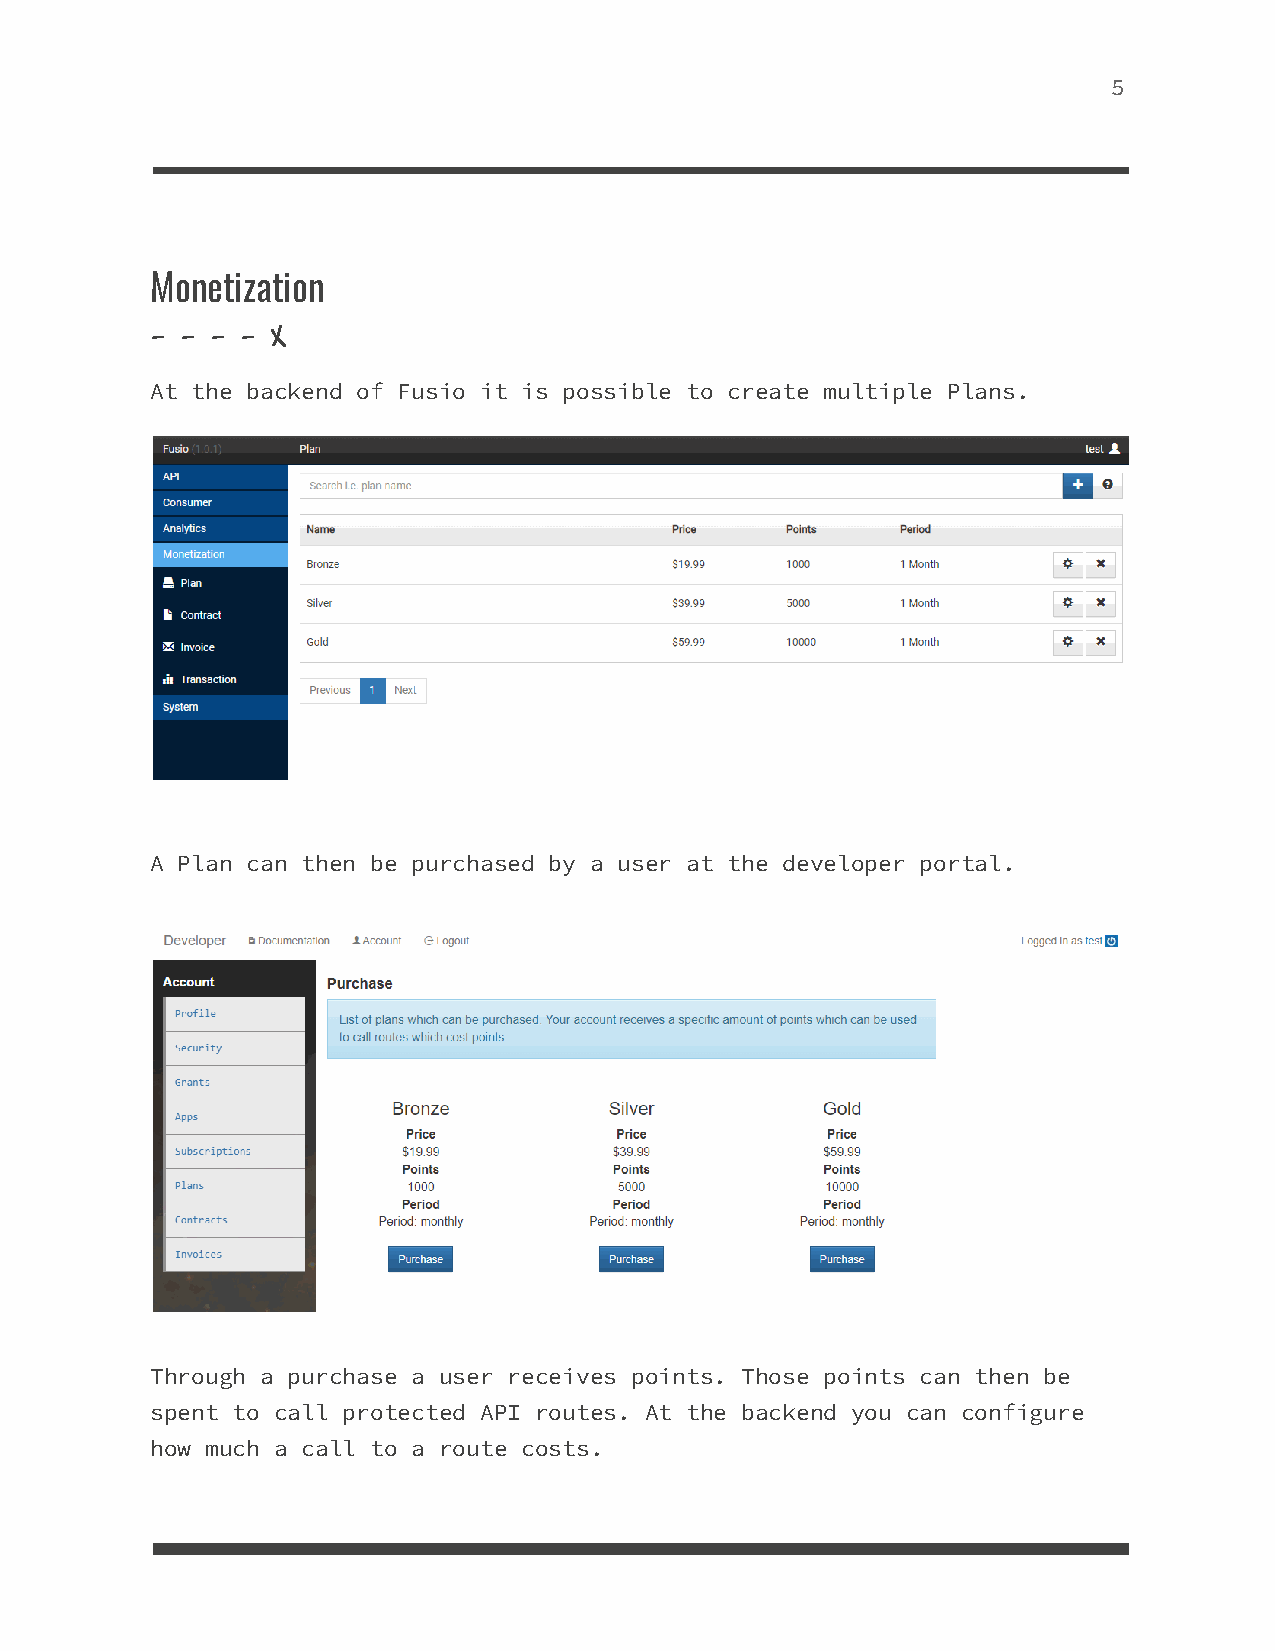
5
 Monetization
 - - - - X
 At the backend of Fusio it is possible to create multiple Plans.
 A Plan can then be purchased by a user at the developer portal.
 Through a purchase a user receives points. Those points can then be
 spent to call protected API routes. At the backend you can configure
 how much a call to a route costs.